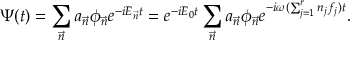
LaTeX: \Psi ( t ) = \sum _ { \vec { n } } a _ { \vec { n } } \phi _ { \vec { n } } e ^ { - i { \cal E } _ { \vec { n } } t } = e ^ { - i { \cal E } _ { 0 } t } \sum _ { \vec { n } } a _ { \vec { n } } \phi _ { \vec { n } } e ^ { - i \omega ( \sum _ { j = 1 } ^ { r } n _ { j } f _ { j } ) t } .